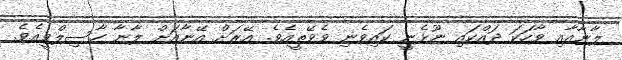
ލާނާއާއި ވާހަކަ ދައްކައި ނޫޅެނީ ކައިވެނި ވެވޭތީއެވެ. އޭރަށް އޭނާއަށް ލާނާ ހާސިލްވީއެވެ.